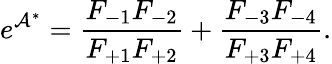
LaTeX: e^{\mathcal{A}^{\ast}}=\frac{F_{-1}F_{-2}}{F_{+1}F_{+2}}+\frac{F_{-3}F_{-4}}{F_{+3}F_{+4}}.